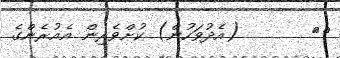
٤١       (އެދުވަހުން) ކުށްވެރިން އެއުރެންގެ